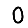
Digit: 0